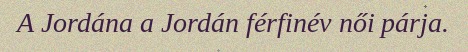
A Jordána a Jordán férfinév női párja.